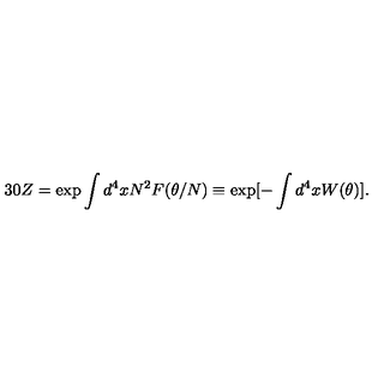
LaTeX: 3 0 Z = \exp \int d ^ { 4 } x N ^ { 2 } F ( \theta / N ) \equiv \exp [ - \int d ^ { 4 } x W ( \theta ) ] .